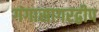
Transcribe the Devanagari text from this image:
गंगासागरद्वीप